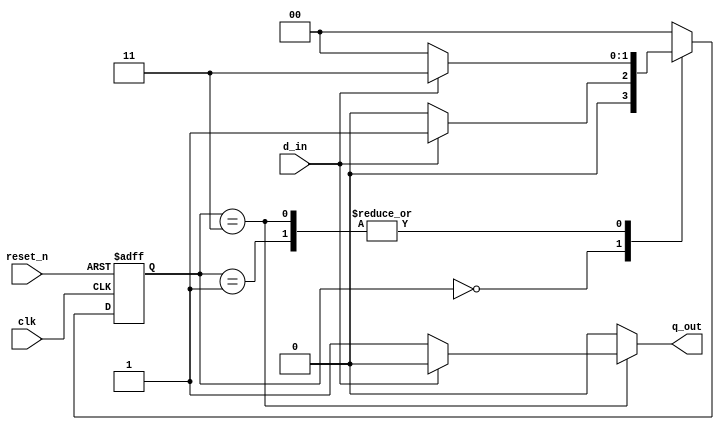
`timescale 1ns / 1ps
//////////////////////////////////////////////////////////////////////////////////
// Company: 
// Engineer: 
// 
// Design Name: 
// Module Name: lab68_gray_mealy_110
// Project Name: 
// Target Devices: 
// Tool Versions: 
// Description: 
// 
// Dependencies: 
// 
// Revision:
// Revision 0.01 - File Created
// Additional Comments:
// 
//////////////////////////////////////////////////////////////////////////////////


module lab68_gray_mealy_110(
                            input d_in, clk, reset_n,
                            output reg q_out
                            );
 
 parameter s0 = 2'b00, s1 = 2'b01, s2 = 2'b11;
 reg [1:0] present_state, next_state;
 
 //memory element
 always @(posedge clk or negedge reset_n)
 begin
    if(!reset_n)
        present_state <= s0;
    else
        present_state <= next_state;
 end
 
 
 //combo logic
 always @(*)
 begin
    case(present_state)
    s0: if(d_in)
            next_state = s1;
        else
            next_state = s0;
            
    s1: if(d_in)
            next_state = s2;
        else
            next_state = s0;
   
    s2: if(~d_in)
            next_state = s0;
        else
            next_state = s2;
    default: 
            next_state = s0;
    endcase
 end
 
 //o/p combo logic
 always @*
    begin
        case(present_state)
        s0 : q_out = 1'b0;
        s1 : q_out = 1'b0;
        s2 : if(~d_in)
                q_out = 1'b1;
             else
                q_out = 1'b0;
        default: q_out = 1'b0;
        endcase
    end
 
endmodule